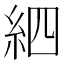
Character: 𥿖